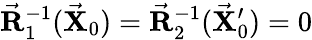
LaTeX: \vec{\mathbf R}_{1}^{-1}(\vec{\mathbf X}_{0})=\vec{\mathbf R}_{2}^{-1}(\vec{\mathbf X}_{0}^{\prime})=0